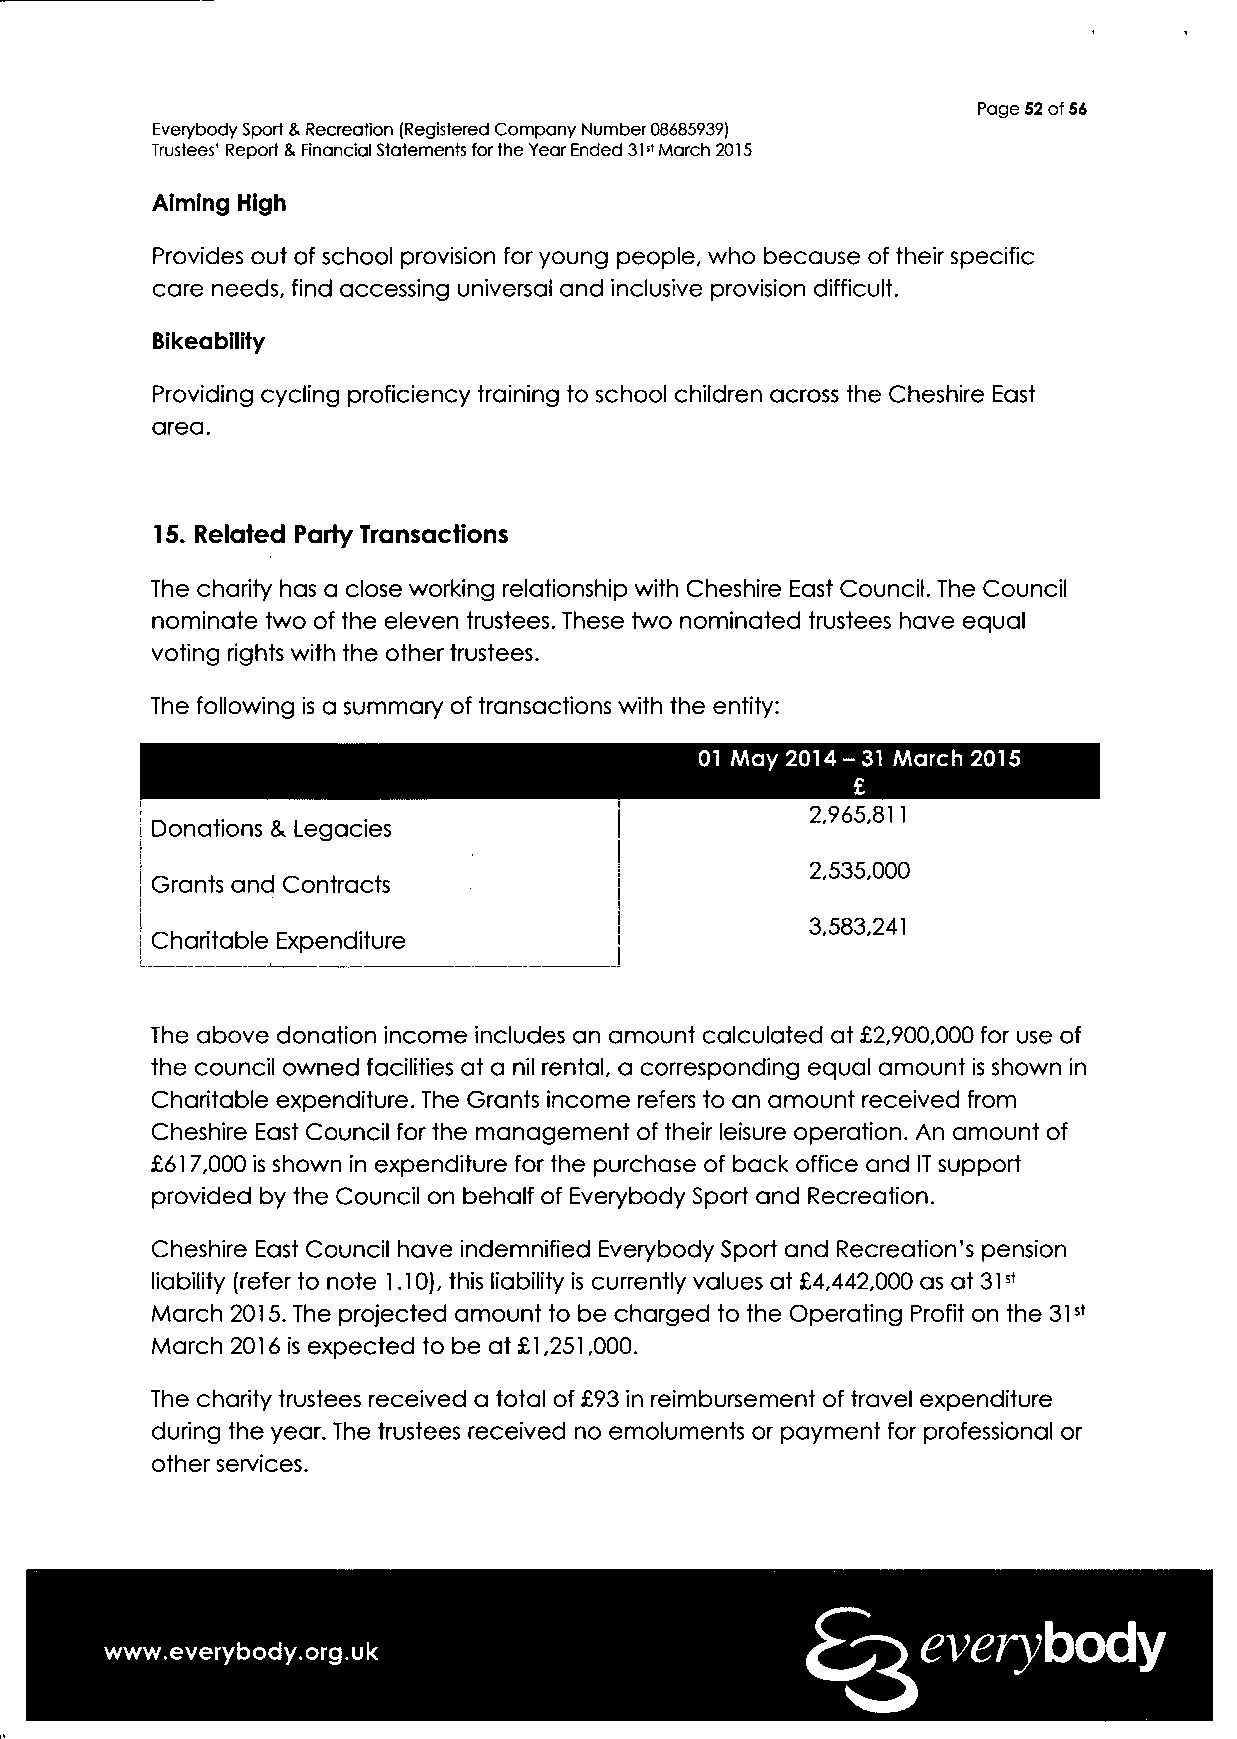
Page 52 of 56
 Everybody Sport & Recreation (Registered Company Number 08685939)
 Trustees' Report & Financial Statements for the Year Ended 31st March 2015
 Aiming High
 Provides out of school provision for young people, who because of their specific
 care needs, find accessing universal and inclusive provision difficult.
 Bikeability
 Providing cycling proficiency training to school children across the Cheshire East
 area.
 15. Related Party Transactions
 The charity has a close working relationship with Cheshire East Council. The Council
 nominate two of the eleven trustees. These two nominated trustees have equal
 voting rights with the other trustees.
 The following is a summary of transactions with the entity:
 01 May 2014-31 March 2015
 £
 2,965,811
 Donations & Legacies
 2,535,000
 Grants and Contracts
 •                                   3,583,241
 Charitable Expenditure
 The above donation income includes an amount calculated at £2,900,000 for use of
 the council owned facilities at a nil rental, a corresponding equal amount is shown in
 Charitable expenditure. The Grants income refers to an amount received from
 Cheshire East Council for the management of their leisure operation. An amount of
 £617,000 is shown in expenditure for the purchase of back office and IT support
 provided by the Council on behalf of Everybody Sport and Recreation.
 Cheshire East Council have indemnified Everybody Sport and Recreation's pension
 liability (refer to note 1.10), this liability is currently values at £4,442,000 as at 31st
 March 2015. The projected amount to be charged to the Operating Profit on the 31st
 March 2016 is expected to be at £1,251,000.
 The charity trustees received a total of £93 in reimbursement of travel expenditure
 during the year. The trustees received no emoluments or payment for professional or
 other services.
 everybody
 www.everybody.org.uk